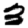
Digit: 3